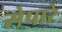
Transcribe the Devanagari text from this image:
सेपारे